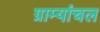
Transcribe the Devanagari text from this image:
ग्राम्यांचल